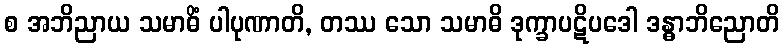
စ အဘိညာယ သမာဓိံ ပါပုဏာတိ, တဿ သော သမာဓိ ဒုက္ခာပဋိပဒေါ ဒန္ဓာဘိညောတိ